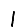
Digit: 1